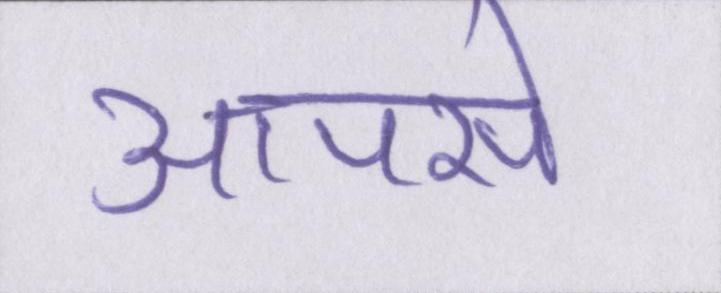
आपसे